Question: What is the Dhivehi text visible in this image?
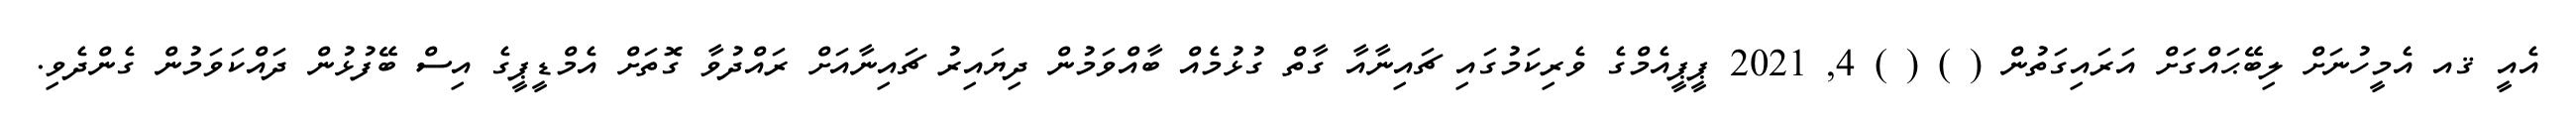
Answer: އެއީ ޤއ އެމީހުނަށް ލިބޭޙައްގަށް އަރައިގަތުން ( ) ( ) 4, 2021 ޕީޕީއެމްގެ ވެރިކަމުގައި ޗައިނާއާ ގާތް ގުޅުމެއް ބާއްވަމުން ދިޔައިރު ޗައިނާއަށް ރައްދުވާ ގޮތަށް އެމްޑީޕީގެ އިސް ބޭފުޅުން ދައްކަވަމުން ގެންދެވި.